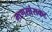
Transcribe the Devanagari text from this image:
माणसांसकट